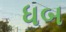
ધબ